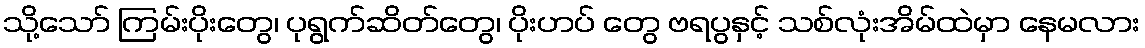
သို့သော် ကြမ်းပိုးတွေ၊ ပုရွက်ဆိတ်တွေ၊ ပိုးဟပ် တွေ ဗရပွနှင့် သစ်လုံးအိမ်ထဲမှာ နေမလား